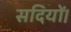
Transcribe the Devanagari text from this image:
सदियों।